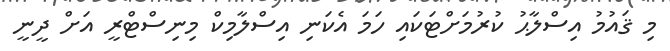
މި ޤައުމު އިސްލާޙު ކުރުމަށްޓަކައި ހަމަ އެކަނި އިސްލާމިކް މިނިސްޓްރީ އަށް ދީނީ